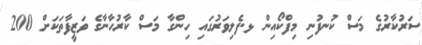
ސަރުކާރުގެ މަސް ކުނފުނި މިފްކޯއިން ޅ.ފެލިވަރުގައި ހިންގާ މަސް ކާރުހާނާގެ ވަޒީފާތަކަށް 200